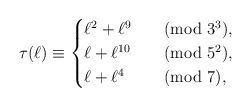
\begin{align*}\tau(\ell) \equiv\begin{cases} \ell^2 + \ell^9 & \pmod{3^3},\\ \ell + \ell^{10}& \pmod{5^2},\\ \ell + \ell^4 &\pmod 7, \end{cases}\end{align*}